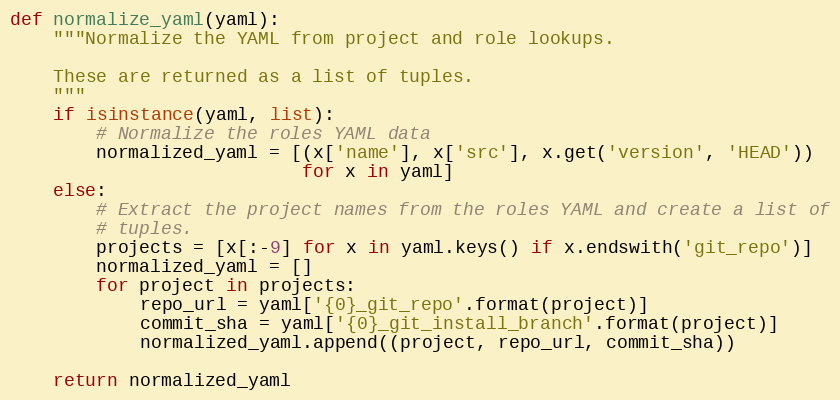
Language: Python
def normalize_yaml(yaml):
    """Normalize the YAML from project and role lookups.

    These are returned as a list of tuples.
    """
    if isinstance(yaml, list):
        # Normalize the roles YAML data
        normalized_yaml = [(x['name'], x['src'], x.get('version', 'HEAD'))
                           for x in yaml]
    else:
        # Extract the project names from the roles YAML and create a list of
        # tuples.
        projects = [x[:-9] for x in yaml.keys() if x.endswith('git_repo')]
        normalized_yaml = []
        for project in projects:
            repo_url = yaml['{0}_git_repo'.format(project)]
            commit_sha = yaml['{0}_git_install_branch'.format(project)]
            normalized_yaml.append((project, repo_url, commit_sha))

    return normalized_yaml